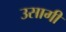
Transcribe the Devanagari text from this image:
उसागी